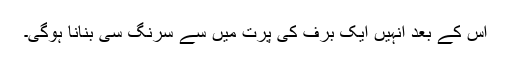
اس کے بعد انہیں ایک برف کی پرت میں سے سرنگ سی بنانا ہوگی۔